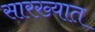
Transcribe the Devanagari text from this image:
सारख्यात